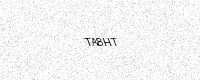
Text: TA8HT